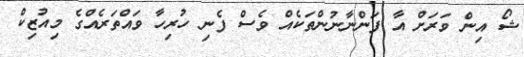
ޝޯ އިން ވަރަށް އާ ފަންނާނުންތަކެއް ވެސް ފެނި ހުރިހާ ވައްތަރެއްގެ މިއުޒިކް